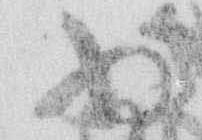
為